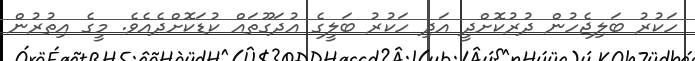
ހަކުރު ބަލިޖެހުން ދުރުކޮށްދީ އަދި ހަކުރު ބަލީގެ އުދަގޫތައް ކުޑަކޮށްދެއެވެ. މީގެ އިތުރުން